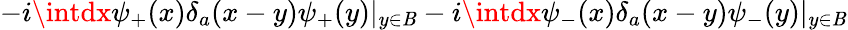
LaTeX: -i\intdx\psi_{+}(x)\delta_{a}(x-y)\psi_{+}(y)|_{y\in\mathit{B}}-i\intdx\psi_{-}(x)\delta_{a}(x-y)\psi_{-}(y)|_{y\in\mathit{B}}